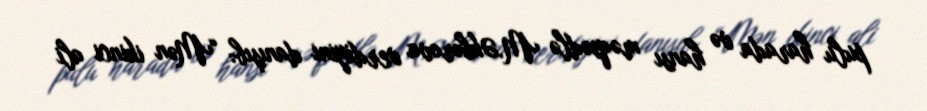
pulu harada və hansı məqsədlə M.Əkbərova verdiyini danışıb: “Mən ikinci ali